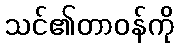
သင်၏တာဝန်ကို